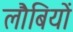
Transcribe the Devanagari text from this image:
लौबियों